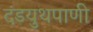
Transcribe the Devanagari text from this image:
दंडयुथपाणी